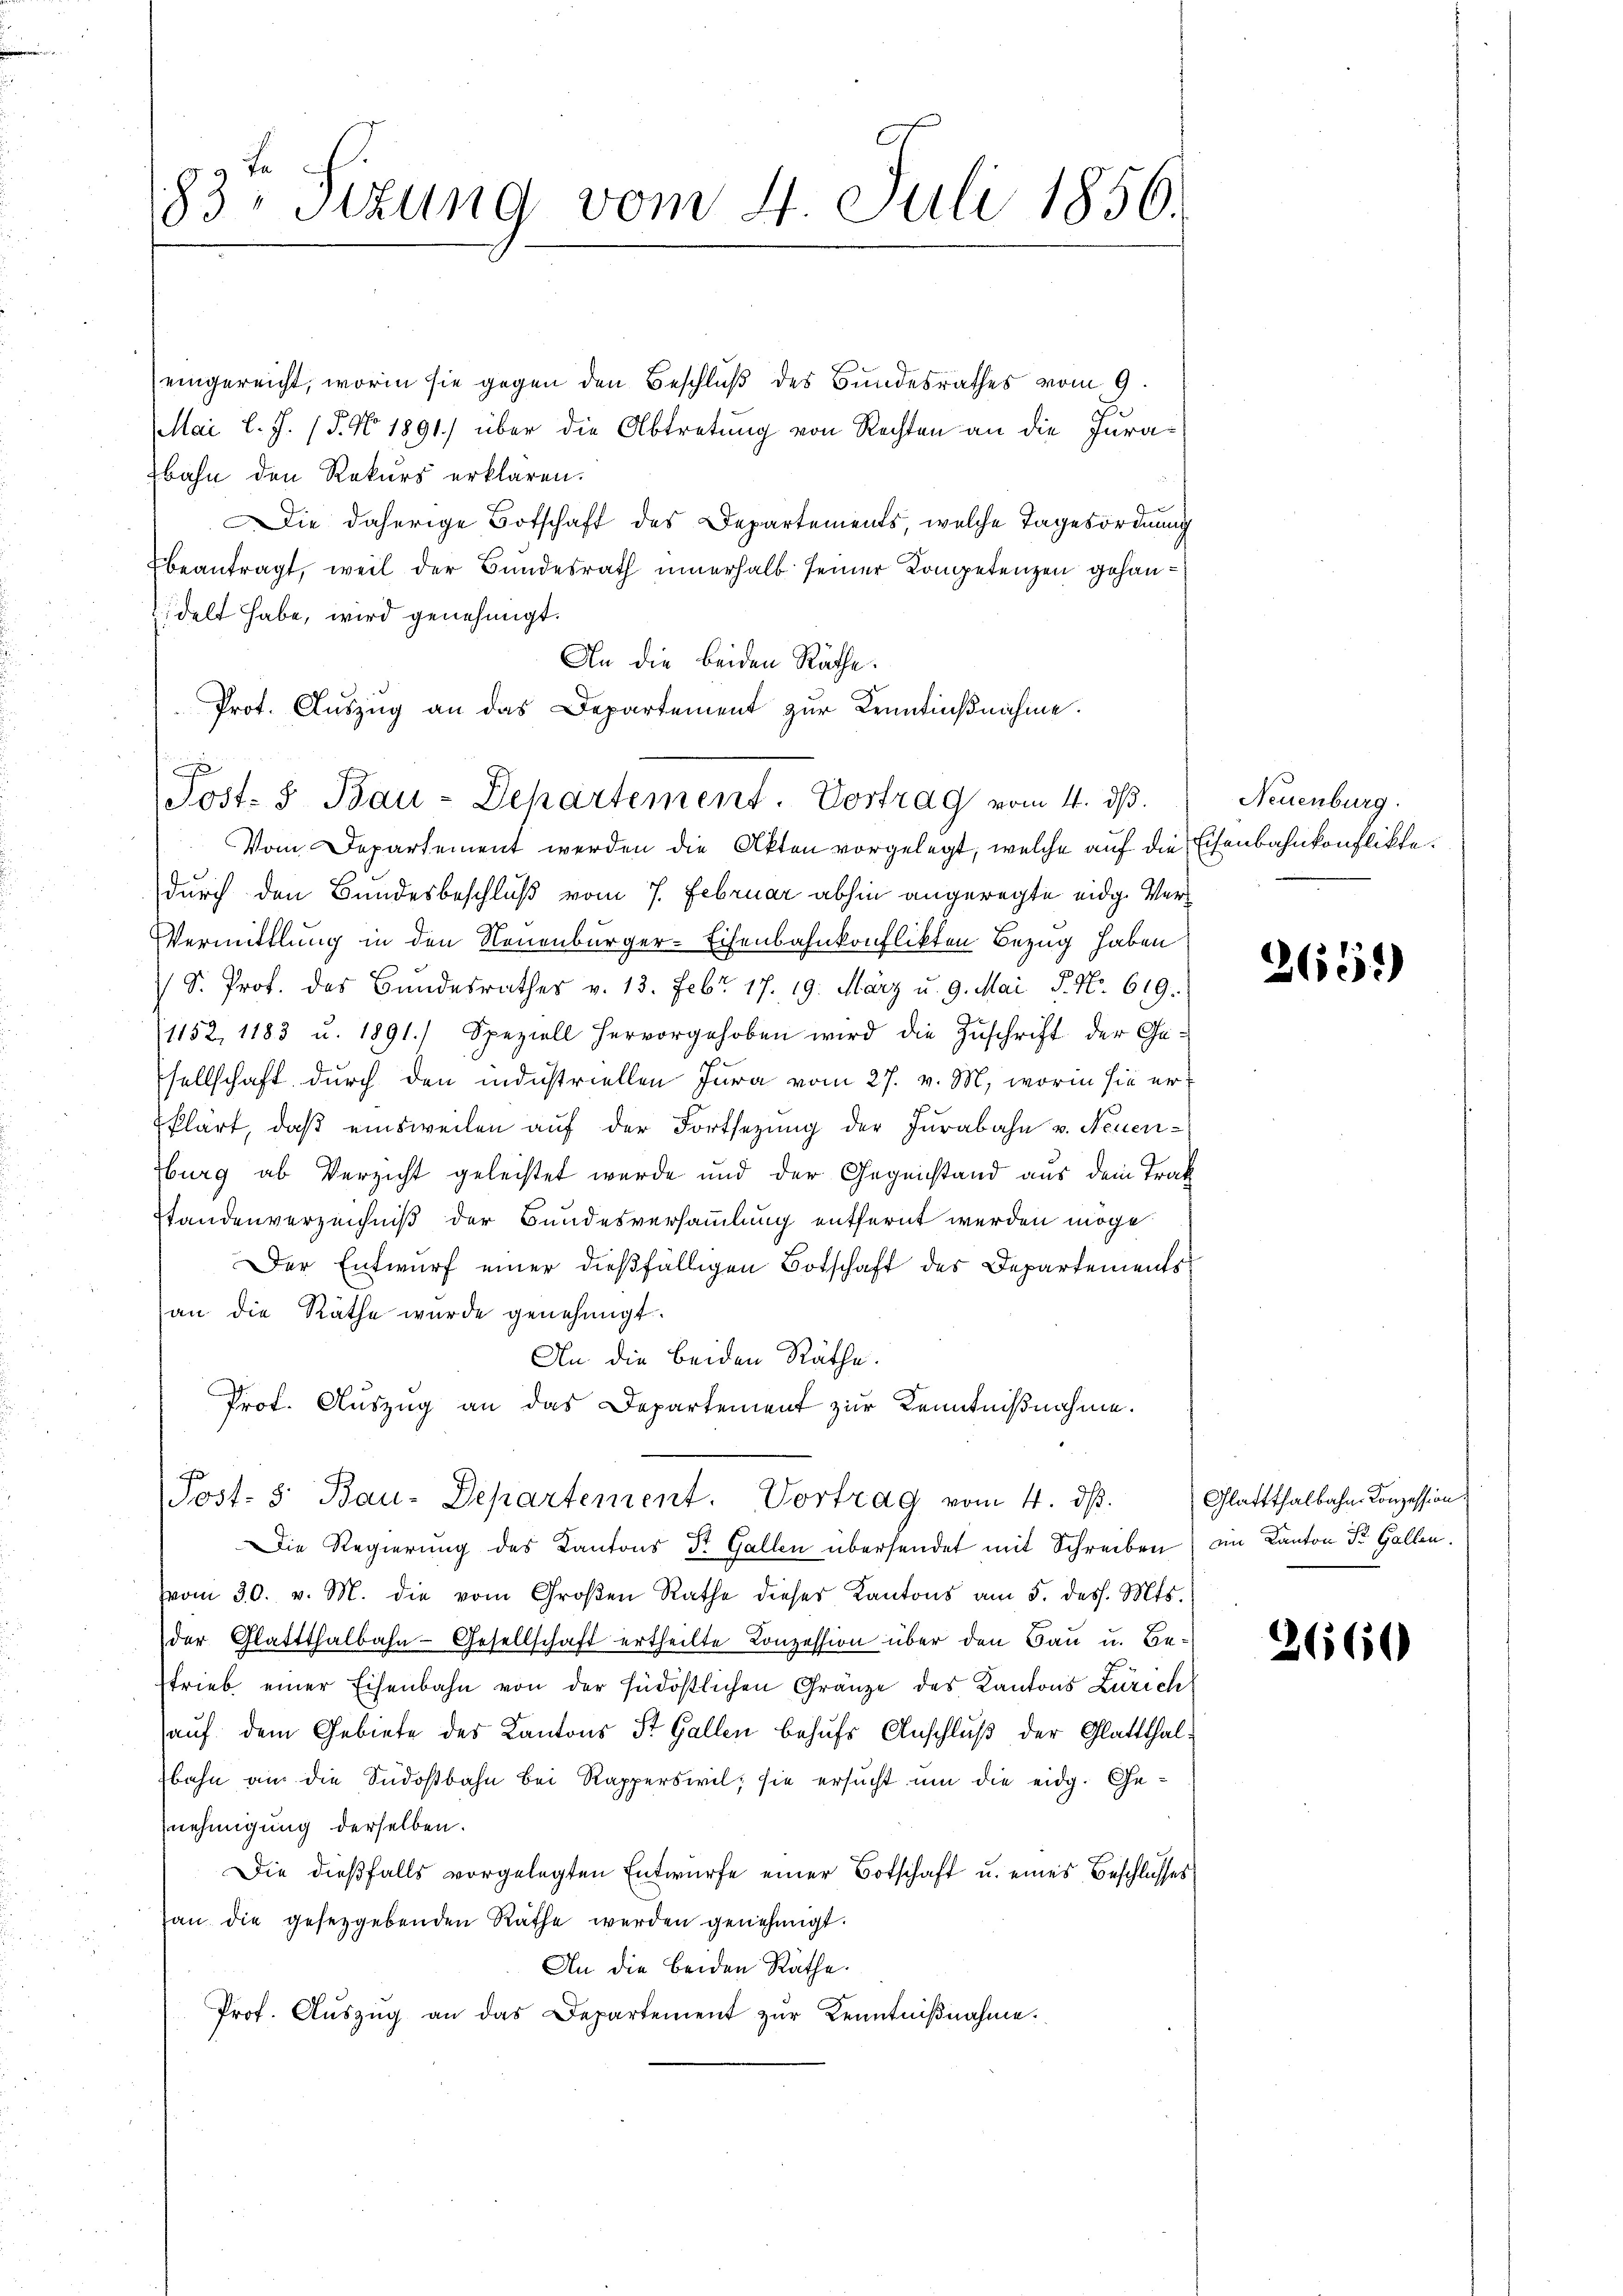
83 Sizung vom 4. Juli 1856.

Post- & Bau-Departement. Vortrag vom 4. ds.

eingereicht, worin sie gegen den Beschluß des Bundesrathes vom 9.
Mai l. J. (T. No 1891) über die Abtretung von Rechten an die Jura¬
Ebahn den Rekurs erklären.
Die daherige Botschaft des Departements, welche Tagesordnung
Ebeantragt, weil der Bundesrath innerhalb seiner Competenzen gehandelt habe, wird genehmigt.
An die beiden Räthe.
Prot. Auszug an das Departement zur Kenntnißnahme.
Vom Departement werden die Akten vorgelegt, welche auf die Eisenbahnkonflikte.
durch den Bundesbeschluß vom 7. Februar abhin angeregte eidg. Ver¬
Vermittlung in den Neuenburger-Eisenbahnkonflikten Bezug haben
 D. Prof. des Bundesrathes v. 13. Febr. 17. 19. März u. 9. Mai d. No. 619.
1152, 1183 u. 1891. Speziell hervorgehoben wird die Zŭschrift der Ge-
sellschaft durch den industriellen Jura vom 27. v. M., worin sie erklärt, daß einsweilen auf der Fortsezung der Jurabahn v. Neuen-
burg ab Verzicht geleistet wurde und der Gegenstand aus dem Trak
tandenverzeichniß der Bundesversammlung entfernt werden möge
Der Entwurf einer dießfälligen Botschaft der Departements
an die Räthe wurde genehmigt.
An die beiden Räthe.
Prof. Auszug an das Departement zur Kenntnißnahme.
Post. S. Bau-Departement. Vortrag vom 4. ds.
Die Regierung des Kantons Dr. Gallen übersendet mit Schreiben ein Kanton St. Gallen.
Vvom 30. v. M. die vom Groβen Rathe dieser Kantons am 5. dess. Mts.
der Glattthalbahn-Gesellschaft ertheilte Conzession über den Bau u. Be-
trieb einer Eisenbahn von der südöstlichen Gränze des Kantons Zürich
auf dem Gebiete des Kantons St. Gallen behufs Anschluß der Glattthalbahn an die Südostbahn bei Rapperswil, sie ersucht um die eidg. Genehmigung derselben.
Die dießfalls vorgelegten Entwürfe einer Botschaft u. eines Beschlusses
an die gesetzgebenden Räthe werden genehmigt.
An die beiden Räthe.
Prof. Aŭszŭg an das Departement zŭr Kenntniβnahme.

Neuenburg.

2659)

Glattthalbahn- Konzession.

3660